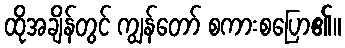
ထိုအချိန်တွင် ကျွန်တော် စကားစပြော၏။